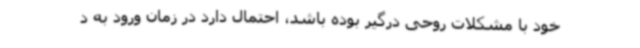
خود با مشکلات روحی درگیر بوده باشد، احتمال دارد در زمان ورود به د